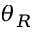
\theta _ { R }